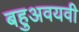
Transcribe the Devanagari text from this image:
बहुअवयवी